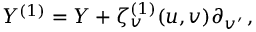
Y ^ { ( 1 ) } = Y + \zeta _ { v } ^ { ( 1 ) } ( u , v ) \partial _ { v ^ { \prime } } \, ,